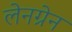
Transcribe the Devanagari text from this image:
लेनग्रेन